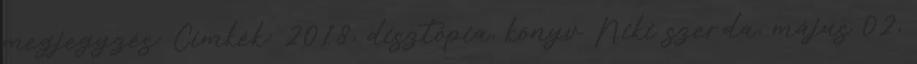
megjegyzés: Címkék: 2018, disztópia, könyv Niki szerda, május 02,